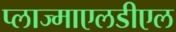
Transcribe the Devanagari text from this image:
प्लाज्माएलडीएल